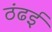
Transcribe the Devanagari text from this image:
ठंढई